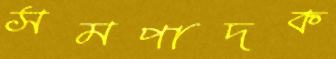
সমপাদক